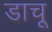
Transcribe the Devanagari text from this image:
डाचू